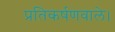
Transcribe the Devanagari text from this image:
प्रतिकर्षणवाले।